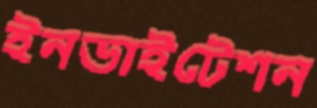
ইনভাইটেশন